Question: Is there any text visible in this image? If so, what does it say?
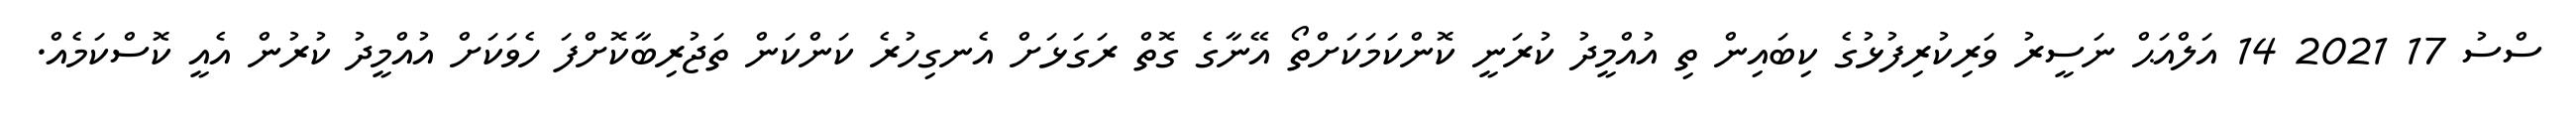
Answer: ސްސު 17 2021 14 އަލްއަޙް ނަސީރު ވަރިކުރިފުޅުގެ ކިބައިން ތި އުއްމީދު ކުރަނީ ކޮންކަމަކަށްތޯ އޭނާގެ ގޮތް ރަގަޅަށް އެނގިހުރެ ކަންކަން ތަޖުރިބާކޮށްފަ ހެވަކަށް އުއްމީދު ކުރުން އެއީ ކޮސްކަމެއް.